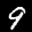
Label: 9